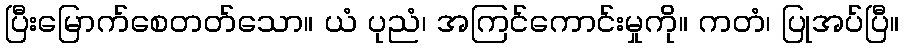
ပြီးမြောက်စေတတ်သော။ ယံ ပုညံ၊ အကြင်ကောင်းမှုကို။ ကတံ၊ ပြုအပ်ပြီ။